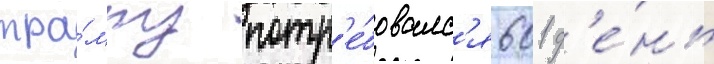
тра́мпу потр'е́бовалс'я 601 д'е́нь